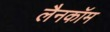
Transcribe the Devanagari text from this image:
लैनकॉम